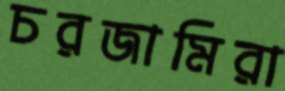
চরজামিরা